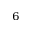
_ 6